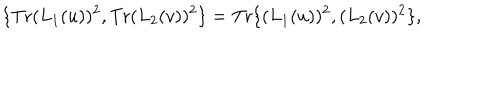
\{ \mathrm { T r } ( L _ { 1 } ( u ) ) ^ { 2 } , \mathrm { T r } ( L _ { 2 } ( v ) ) ^ { 2 } \} = \mathrm { T r } \{ ( L _ { 1 } ( u ) ) ^ { 2 } , ( L _ { 2 } ( v ) ) ^ { 2 } \} ,